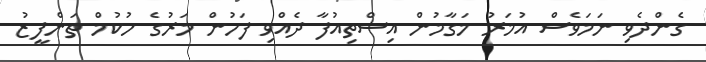
ގެންދެވި ނަމަވެސް އުމަރު މަގާމުން އިސްތިއުފާ ދެއްވި ފަހުން މަރުގެ ހުކުމް ތަންފީޒު